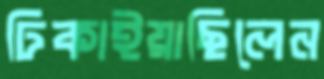
ঢিকাইয়াছিলেন